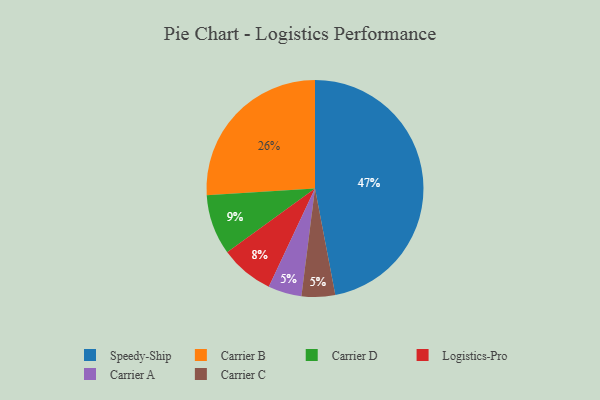
{"axis": {"x": "Category", "y": "Percentage"}, "legend": ["Carrier A", "Carrier B", "Carrier C", "Carrier D", "Logistics-Pro", "Speedy-Ship"], "data": [{"x": "Carrier A", "y": 5, "type": "Carrier A"}, {"x": "Carrier D", "y": 9, "type": "Carrier D"}, {"x": "Carrier C", "y": 5, "type": "Carrier C"}, {"x": "Carrier B", "y": 26, "type": "Carrier B"}, {"x": "Logistics-Pro", "y": 8, "type": "Logistics-Pro"}, {"x": "Speedy-Ship", "y": 47, "type": "Speedy-Ship"}]}